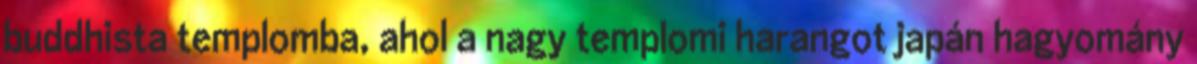
buddhista templomba, ahol a nagy templomi harangot japán hagyomány